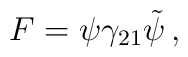
F = \psi \gamma_{21} \tilde{\psi} \, ,